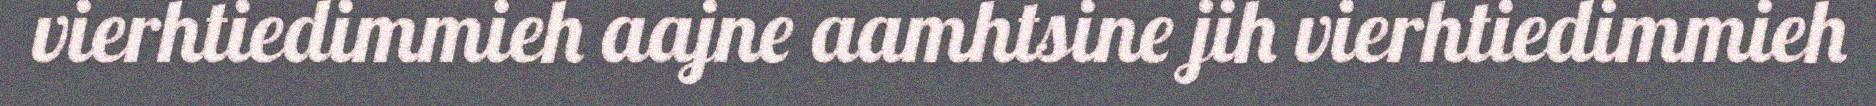
vierhtiedimmieh aajne aamhtsine jih vierhtiedimmieh